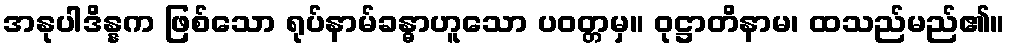
အနုပါဒိန္နက ဖြစ်သော ရုပ်နာမ်ခန္ဓာဟူသော ပဝတ္တမှ။ ဝုဋ္ဌာတိနာမ၊ ထသည်မည်၏။